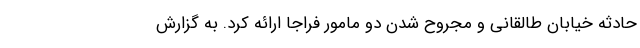
حادثه خیابان طالقانی و مجروح شدن دو مامور فراجا ارائه کرد. به گزارش